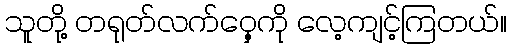
သူတို့ တရုတ်လက်ဝှေ့ကို လေ့ကျင့်ကြတယ်။